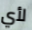
لأي